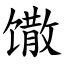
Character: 馓